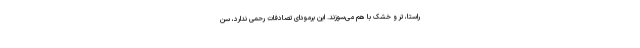
راستا، تر و خشک با هم می‌سوزند. این برمودای تصادفات رحمی ندارد، سن